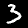
Label: 3